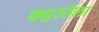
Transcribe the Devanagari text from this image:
कट्टरतेला